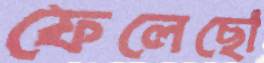
ফেলেছো